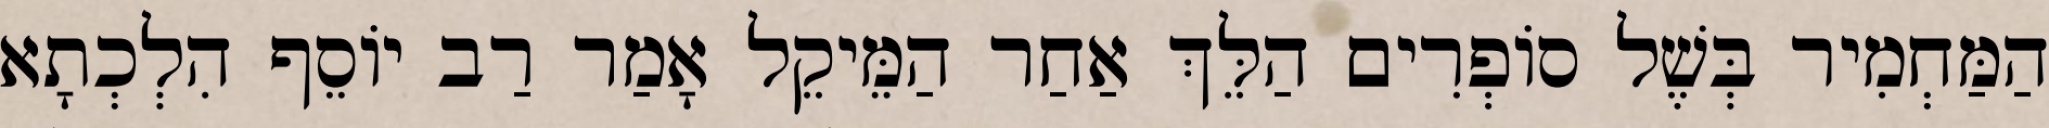
הַמַּחְמִיר בְּשֶׁל סוֹפְרִים הַלֵּךְ אַחַר הַמֵּיקֵל אָמַר רַב יוֹסֵף הִלְכְתָא